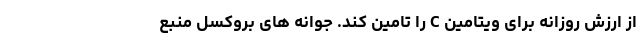
از ارزش روزانه برای ویتامین C را تامین کند. جوانه های بروکسل منبع